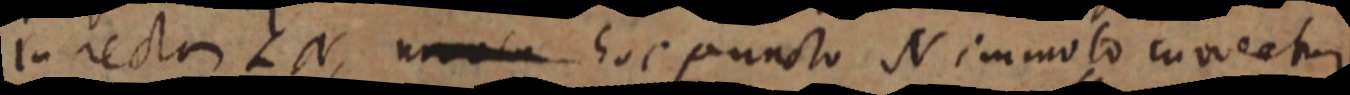
in recta LN, _ hoc puncto N immoto cuveatur